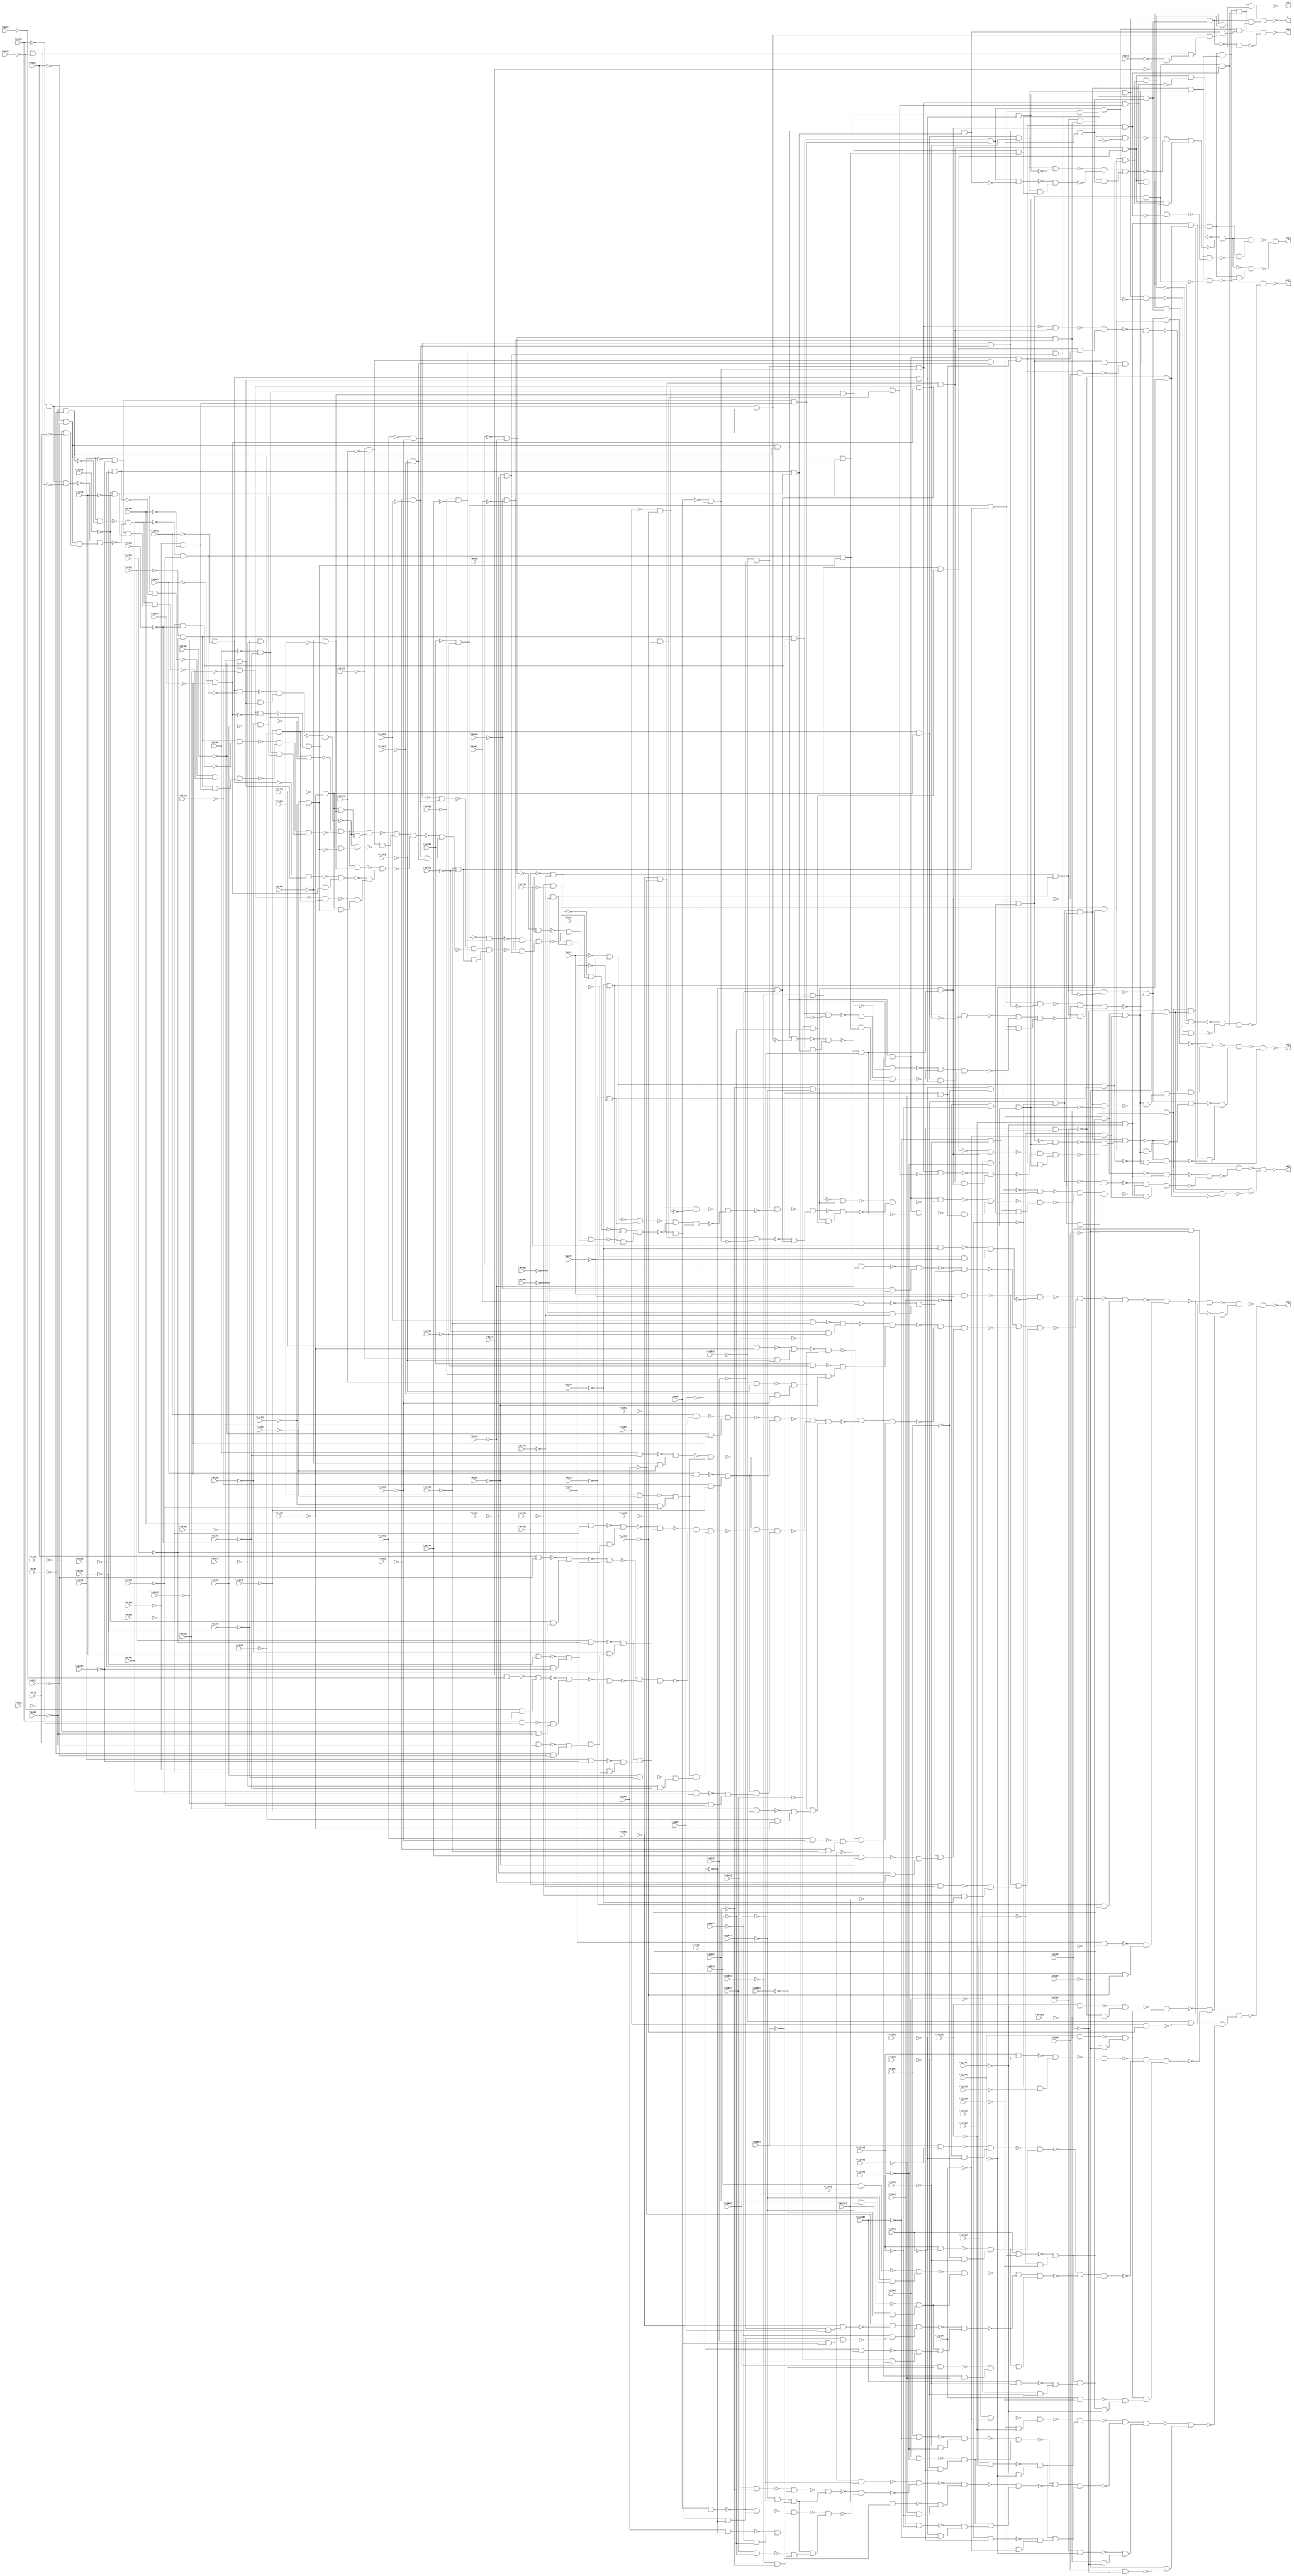
module top( \A[0]  , \A[1]  , \A[2]  , \A[3]  , \A[4]  , \A[5]  , \A[6]  , \A[7]  , \A[8]  , \A[9]  , \A[10]  , \A[11]  , \A[12]  , \A[13]  , \A[14]  , \A[15]  , \A[16]  , \A[17]  , \A[18]  , \A[19]  , \A[20]  , \A[21]  , \A[22]  , \A[23]  , \A[24]  , \A[25]  , \A[26]  , \A[27]  , \A[28]  , \A[29]  , \A[30]  , \A[31]  , \A[32]  , \A[33]  , \A[34]  , \A[35]  , \A[36]  , \A[37]  , \A[38]  , \A[39]  , \A[40]  , \A[41]  , \A[42]  , \A[43]  , \A[44]  , \A[45]  , \A[46]  , \A[47]  , \A[48]  , \A[49]  , \A[50]  , \A[51]  , \A[52]  , \A[53]  , \A[54]  , \A[55]  , \A[56]  , \A[57]  , \A[58]  , \A[59]  , \A[60]  , \A[61]  , \A[62]  , \A[63]  , \A[64]  , \A[65]  , \A[66]  , \A[67]  , \A[68]  , \A[69]  , \A[70]  , \A[71]  , \A[72]  , \A[73]  , \A[74]  , \A[75]  , \A[76]  , \A[77]  , \A[78]  , \A[79]  , \A[80]  , \A[81]  , \A[82]  , \A[83]  , \A[84]  , \A[85]  , \A[86]  , \A[87]  , \A[88]  , \A[89]  , \A[90]  , \A[91]  , \A[92]  , \A[93]  , \A[94]  , \A[95]  , \A[96]  , \A[97]  , \A[98]  , \A[99]  , \A[100]  , \A[101]  , \A[102]  , \A[103]  , \A[104]  , \A[105]  , \A[106]  , \A[107]  , \A[108]  , \A[109]  , \A[110]  , \A[111]  , \A[112]  , \A[113]  , \A[114]  , \A[115]  , \A[116]  , \A[117]  , \A[118]  , \A[119]  , \A[120]  , \A[121]  , \A[122]  , \A[123]  , \A[124]  , \A[125]  , \A[126]  , \A[127]  , \P[0]  , \P[1]  , \P[2]  , \P[3]  , \P[4]  , \P[5]  , \P[6]  , F );
  input \A[0]  ;
  input \A[1]  ;
  input \A[2]  ;
  input \A[3]  ;
  input \A[4]  ;
  input \A[5]  ;
  input \A[6]  ;
  input \A[7]  ;
  input \A[8]  ;
  input \A[9]  ;
  input \A[10]  ;
  input \A[11]  ;
  input \A[12]  ;
  input \A[13]  ;
  input \A[14]  ;
  input \A[15]  ;
  input \A[16]  ;
  input \A[17]  ;
  input \A[18]  ;
  input \A[19]  ;
  input \A[20]  ;
  input \A[21]  ;
  input \A[22]  ;
  input \A[23]  ;
  input \A[24]  ;
  input \A[25]  ;
  input \A[26]  ;
  input \A[27]  ;
  input \A[28]  ;
  input \A[29]  ;
  input \A[30]  ;
  input \A[31]  ;
  input \A[32]  ;
  input \A[33]  ;
  input \A[34]  ;
  input \A[35]  ;
  input \A[36]  ;
  input \A[37]  ;
  input \A[38]  ;
  input \A[39]  ;
  input \A[40]  ;
  input \A[41]  ;
  input \A[42]  ;
  input \A[43]  ;
  input \A[44]  ;
  input \A[45]  ;
  input \A[46]  ;
  input \A[47]  ;
  input \A[48]  ;
  input \A[49]  ;
  input \A[50]  ;
  input \A[51]  ;
  input \A[52]  ;
  input \A[53]  ;
  input \A[54]  ;
  input \A[55]  ;
  input \A[56]  ;
  input \A[57]  ;
  input \A[58]  ;
  input \A[59]  ;
  input \A[60]  ;
  input \A[61]  ;
  input \A[62]  ;
  input \A[63]  ;
  input \A[64]  ;
  input \A[65]  ;
  input \A[66]  ;
  input \A[67]  ;
  input \A[68]  ;
  input \A[69]  ;
  input \A[70]  ;
  input \A[71]  ;
  input \A[72]  ;
  input \A[73]  ;
  input \A[74]  ;
  input \A[75]  ;
  input \A[76]  ;
  input \A[77]  ;
  input \A[78]  ;
  input \A[79]  ;
  input \A[80]  ;
  input \A[81]  ;
  input \A[82]  ;
  input \A[83]  ;
  input \A[84]  ;
  input \A[85]  ;
  input \A[86]  ;
  input \A[87]  ;
  input \A[88]  ;
  input \A[89]  ;
  input \A[90]  ;
  input \A[91]  ;
  input \A[92]  ;
  input \A[93]  ;
  input \A[94]  ;
  input \A[95]  ;
  input \A[96]  ;
  input \A[97]  ;
  input \A[98]  ;
  input \A[99]  ;
  input \A[100]  ;
  input \A[101]  ;
  input \A[102]  ;
  input \A[103]  ;
  input \A[104]  ;
  input \A[105]  ;
  input \A[106]  ;
  input \A[107]  ;
  input \A[108]  ;
  input \A[109]  ;
  input \A[110]  ;
  input \A[111]  ;
  input \A[112]  ;
  input \A[113]  ;
  input \A[114]  ;
  input \A[115]  ;
  input \A[116]  ;
  input \A[117]  ;
  input \A[118]  ;
  input \A[119]  ;
  input \A[120]  ;
  input \A[121]  ;
  input \A[122]  ;
  input \A[123]  ;
  input \A[124]  ;
  input \A[125]  ;
  input \A[126]  ;
  input \A[127]  ;
  output \P[0]  ;
  output \P[1]  ;
  output \P[2]  ;
  output \P[3]  ;
  output \P[4]  ;
  output \P[5]  ;
  output \P[6]  ;
  output F ;
  wire n129 , n130 , n131 , n132 , n133 , n134 , n135 , n136 , n137 , n138 , n139 , n140 , n141 , n142 , n143 , n144 , n145 , n146 , n147 , n148 , n149 , n150 , n151 , n152 , n153 , n154 , n155 , n156 , n157 , n158 , n159 , n160 , n161 , n162 , n163 , n164 , n165 , n166 , n167 , n168 , n169 , n170 , n171 , n172 , n173 , n174 , n175 , n176 , n177 , n178 , n179 , n180 , n181 , n182 , n183 , n184 , n185 , n186 , n187 , n188 , n189 , n190 , n191 , n192 , n193 , n194 , n195 , n196 , n197 , n198 , n199 , n200 , n201 , n202 , n203 , n204 , n205 , n206 , n207 , n208 , n209 , n210 , n211 , n212 , n213 , n214 , n215 , n216 , n217 , n218 , n219 , n220 , n221 , n222 , n223 , n224 , n225 , n226 , n227 , n228 , n229 , n230 , n231 , n232 , n233 , n234 , n235 , n236 , n237 , n238 , n239 , n240 , n241 , n242 , n243 , n244 , n245 , n246 , n247 , n248 , n249 , n250 , n251 , n252 , n253 , n254 , n255 , n256 , n257 , n258 , n259 , n260 , n261 , n262 , n263 , n264 , n265 , n266 , n267 , n268 , n269 , n270 , n271 , n272 , n273 , n274 , n275 , n276 , n277 , n278 , n279 , n280 , n281 , n282 , n283 , n284 , n285 , n286 , n287 , n288 , n289 , n290 , n291 , n292 , n293 , n294 , n295 , n296 , n297 , n298 , n299 , n300 , n301 , n302 , n303 , n304 , n305 , n306 , n307 , n308 , n309 , n310 , n311 , n312 , n313 , n314 , n315 , n316 , n317 , n318 , n319 , n320 , n321 , n322 , n323 , n324 , n325 , n326 , n327 , n328 , n329 , n330 , n331 , n332 , n333 , n334 , n335 , n336 , n337 , n338 , n339 , n340 , n341 , n342 , n343 , n344 , n345 , n346 , n347 , n348 , n349 , n350 , n351 , n352 , n353 , n354 , n355 , n356 , n357 , n358 , n359 , n360 , n361 , n362 , n363 , n364 , n365 , n366 , n367 , n368 , n369 , n370 , n371 , n372 , n373 , n374 , n375 , n376 , n377 , n378 , n379 , n380 , n381 , n382 , n383 , n384 , n385 , n386 , n387 , n388 , n389 , n390 , n391 , n392 , n393 , n394 , n395 , n396 , n397 , n398 , n399 , n400 , n401 , n402 , n403 , n404 , n405 , n406 , n407 , n408 , n409 , n410 , n411 , n412 , n413 , n414 , n415 , n416 , n417 , n418 , n419 , n420 , n421 , n422 , n423 , n424 , n425 , n426 , n427 , n428 , n429 , n430 , n431 , n432 , n433 , n434 , n435 , n436 , n437 , n438 , n439 , n440 , n441 , n442 , n443 , n444 , n445 , n446 , n447 , n448 , n449 , n450 , n451 , n452 , n453 , n454 , n455 , n456 , n457 , n458 , n459 , n460 , n461 , n462 , n463 , n464 , n465 , n466 , n467 , n468 , n469 , n470 , n471 , n472 , n473 , n474 , n475 , n476 , n477 , n478 , n479 , n480 , n481 , n482 , n483 , n484 , n485 , n486 , n487 , n488 , n489 , n490 , n491 , n492 , n493 , n494 , n495 , n496 , n497 , n498 , n499 , n500 , n501 , n502 , n503 , n504 , n505 , n506 , n507 , n508 , n509 , n510 , n511 , n512 , n513 , n514 , n515 , n516 , n517 , n518 , n519 , n520 , n521 , n522 , n523 , n524 , n525 , n526 , n527 , n528 , n529 , n530 , n531 , n532 , n533 , n534 , n535 , n536 , n537 , n538 , n539 , n540 , n541 , n542 , n543 , n544 , n545 , n546 , n547 , n548 , n549 , n550 , n551 , n552 , n553 , n554 , n555 , n556 , n557 , n558 , n559 , n560 , n561 , n562 , n563 , n564 , n565 , n566 , n567 , n568 , n569 , n570 , n571 , n572 , n573 , n574 , n575 , n576 , n577 , n578 , n579 , n580 , n581 , n582 , n583 , n584 , n585 , n586 , n587 , n588 , n589 , n590 , n591 , n592 , n593 , n594 , n595 , n596 , n597 , n598 , n599 , n600 , n601 , n602 , n603 , n604 , n605 , n606 , n607 , n608 , n609 , n610 , n611 , n612 , n613 , n614 , n615 , n616 , n617 , n618 , n619 , n620 , n621 , n622 , n623 , n624 , n625 , n626 , n627 , n628 , n629 , n630 , n631 , n632 , n633 , n634 , n635 , n636 , n637 , n638 , n639 , n640 , n641 , n642 , n643 , n644 , n645 , n646 , n647 , n648 , n649 , n650 , n651 , n652 , n653 , n654 , n655 , n656 , n657 , n658 , n659 , n660 , n661 , n662 , n663 , n664 , n665 , n666 , n667 , n668 , n669 , n670 ;
  assign n129 = \A[76]  & ~\A[77]  ;
  assign n130 = \A[73]  & ~\A[74]  ;
  assign n131 = ~\A[75]  & ~\A[77]  ;
  assign n132 = ~n130 & n131 ;
  assign n133 = ~n129 & ~n132 ;
  assign n134 = \A[64]  & ~\A[65]  ;
  assign n135 = ~\A[66]  & ~\A[68]  ;
  assign n136 = ~n134 & n135 ;
  assign n137 = \A[67]  & ~\A[68]  ;
  assign n138 = ~\A[69]  & ~\A[71]  ;
  assign n139 = ~n137 & n138 ;
  assign n140 = ~n136 & n139 ;
  assign n141 = \A[55]  & ~\A[56]  ;
  assign n142 = ~\A[57]  & ~\A[59]  ;
  assign n143 = ~n141 & n142 ;
  assign n144 = \A[58]  & ~\A[59]  ;
  assign n145 = ~\A[60]  & ~\A[62]  ;
  assign n146 = ~n144 & n145 ;
  assign n147 = ~n143 & n146 ;
  assign n148 = \A[46]  & ~\A[47]  ;
  assign n149 = ~\A[48]  & ~\A[50]  ;
  assign n150 = ~n148 & n149 ;
  assign n151 = \A[49]  & ~\A[50]  ;
  assign n152 = ~\A[51]  & ~\A[53]  ;
  assign n153 = ~n151 & n152 ;
  assign n154 = ~n150 & n153 ;
  assign n155 = \A[37]  & ~\A[38]  ;
  assign n156 = ~\A[39]  & ~\A[41]  ;
  assign n157 = ~n155 & n156 ;
  assign n158 = \A[40]  & ~\A[41]  ;
  assign n159 = ~\A[42]  & ~\A[44]  ;
  assign n160 = ~n158 & n159 ;
  assign n161 = ~n157 & n160 ;
  assign n162 = \A[28]  & ~\A[29]  ;
  assign n163 = ~\A[30]  & ~\A[32]  ;
  assign n164 = ~n162 & n163 ;
  assign n165 = \A[31]  & ~\A[32]  ;
  assign n166 = ~\A[33]  & ~\A[35]  ;
  assign n167 = ~n165 & n166 ;
  assign n168 = ~n164 & n167 ;
  assign n169 = \A[19]  & ~\A[20]  ;
  assign n170 = ~\A[21]  & ~\A[23]  ;
  assign n171 = ~n169 & n170 ;
  assign n172 = \A[22]  & ~\A[23]  ;
  assign n173 = ~\A[24]  & ~\A[26]  ;
  assign n174 = ~n172 & n173 ;
  assign n175 = ~n171 & n174 ;
  assign n176 = \A[10]  & ~\A[11]  ;
  assign n177 = ~\A[12]  & ~\A[14]  ;
  assign n178 = ~n176 & n177 ;
  assign n179 = \A[13]  & ~\A[14]  ;
  assign n180 = ~\A[15]  & ~\A[17]  ;
  assign n181 = ~n179 & n180 ;
  assign n182 = ~n178 & n181 ;
  assign n183 = \A[1]  & ~\A[2]  ;
  assign n184 = ~\A[3]  & ~\A[5]  ;
  assign n185 = ~n183 & n184 ;
  assign n186 = \A[4]  & ~\A[5]  ;
  assign n187 = ~\A[6]  & ~\A[8]  ;
  assign n188 = ~n186 & n187 ;
  assign n189 = ~n185 & n188 ;
  assign n190 = \A[7]  & ~\A[8]  ;
  assign n191 = ~\A[9]  & ~\A[11]  ;
  assign n192 = ~n190 & n191 ;
  assign n193 = n181 & n192 ;
  assign n194 = ~n189 & n193 ;
  assign n195 = ~n182 & ~n194 ;
  assign n196 = \A[16]  & ~\A[17]  ;
  assign n197 = ~\A[18]  & ~\A[20]  ;
  assign n198 = ~n196 & n197 ;
  assign n199 = n174 & n198 ;
  assign n200 = n195 & n199 ;
  assign n201 = ~n175 & ~n200 ;
  assign n202 = \A[25]  & ~\A[26]  ;
  assign n203 = ~\A[27]  & ~\A[29]  ;
  assign n204 = ~n202 & n203 ;
  assign n205 = n167 & n204 ;
  assign n206 = n201 & n205 ;
  assign n207 = ~n168 & ~n206 ;
  assign n208 = \A[34]  & ~\A[35]  ;
  assign n209 = ~\A[36]  & ~\A[38]  ;
  assign n210 = ~n208 & n209 ;
  assign n211 = n160 & n210 ;
  assign n212 = n207 & n211 ;
  assign n213 = ~n161 & ~n212 ;
  assign n214 = \A[43]  & ~\A[44]  ;
  assign n215 = ~\A[45]  & ~\A[47]  ;
  assign n216 = ~n214 & n215 ;
  assign n217 = n153 & n216 ;
  assign n218 = n213 & n217 ;
  assign n219 = ~n154 & ~n218 ;
  assign n220 = \A[52]  & ~\A[53]  ;
  assign n221 = ~\A[54]  & ~\A[56]  ;
  assign n222 = ~n220 & n221 ;
  assign n223 = n146 & n222 ;
  assign n224 = n219 & n223 ;
  assign n225 = ~n147 & ~n224 ;
  assign n226 = \A[61]  & ~\A[62]  ;
  assign n227 = ~\A[63]  & ~\A[65]  ;
  assign n228 = ~n226 & n227 ;
  assign n229 = n139 & n228 ;
  assign n230 = n225 & n229 ;
  assign n231 = ~n140 & ~n230 ;
  assign n232 = \A[70]  & ~\A[71]  ;
  assign n233 = ~\A[72]  & ~\A[74]  ;
  assign n234 = ~n232 & n233 ;
  assign n235 = ~n129 & n234 ;
  assign n236 = n231 & n235 ;
  assign n237 = ~n133 & ~n236 ;
  assign n238 = ~\A[78]  & ~\A[80]  ;
  assign n239 = ~n237 & n238 ;
  assign n240 = \A[79]  & ~\A[80]  ;
  assign n241 = ~\A[81]  & ~\A[83]  ;
  assign n242 = ~n240 & n241 ;
  assign n243 = ~n239 & n242 ;
  assign n244 = \A[82]  & ~\A[83]  ;
  assign n245 = ~\A[84]  & ~n244 ;
  assign n246 = ~n243 & n245 ;
  assign n247 = \A[126]  & ~\A[127]  ;
  assign n248 = \A[120]  & ~\A[121]  ;
  assign n249 = ~\A[122]  & ~\A[124]  ;
  assign n250 = ~n248 & n249 ;
  assign n251 = \A[123]  & ~\A[124]  ;
  assign n252 = ~\A[125]  & ~\A[127]  ;
  assign n253 = ~n251 & n252 ;
  assign n254 = ~n250 & n253 ;
  assign n255 = \A[111]  & ~\A[112]  ;
  assign n256 = ~\A[113]  & ~\A[115]  ;
  assign n257 = ~n255 & n256 ;
  assign n258 = \A[114]  & ~\A[115]  ;
  assign n259 = ~\A[116]  & ~\A[118]  ;
  assign n260 = ~n258 & n259 ;
  assign n261 = ~n257 & n260 ;
  assign n262 = \A[102]  & ~\A[103]  ;
  assign n263 = ~\A[104]  & ~\A[106]  ;
  assign n264 = ~n262 & n263 ;
  assign n265 = \A[105]  & ~\A[106]  ;
  assign n266 = ~\A[107]  & ~\A[109]  ;
  assign n267 = ~n265 & n266 ;
  assign n268 = ~n264 & n267 ;
  assign n269 = \A[93]  & ~\A[94]  ;
  assign n270 = ~\A[95]  & ~\A[97]  ;
  assign n271 = ~n269 & n270 ;
  assign n272 = \A[96]  & ~\A[97]  ;
  assign n273 = ~\A[98]  & ~\A[100]  ;
  assign n274 = ~n272 & n273 ;
  assign n275 = ~n271 & n274 ;
  assign n276 = ~\A[85]  & \A[87]  ;
  assign n277 = ~\A[88]  & n276 ;
  assign n278 = ~\A[89]  & ~n277 ;
  assign n279 = \A[86]  & ~\A[87]  ;
  assign n280 = \A[85]  & ~\A[88]  ;
  assign n281 = ~n279 & n280 ;
  assign n282 = ~\A[91]  & ~n281 ;
  assign n283 = n278 & n282 ;
  assign n284 = \A[90]  & ~\A[91]  ;
  assign n285 = ~\A[92]  & ~\A[94]  ;
  assign n286 = ~n284 & n285 ;
  assign n287 = n274 & n286 ;
  assign n288 = ~n283 & n287 ;
  assign n289 = ~n275 & ~n288 ;
  assign n290 = \A[99]  & ~\A[100]  ;
  assign n291 = ~\A[101]  & ~\A[103]  ;
  assign n292 = ~n290 & n291 ;
  assign n293 = n267 & n292 ;
  assign n294 = n289 & n293 ;
  assign n295 = ~n268 & ~n294 ;
  assign n296 = \A[108]  & ~\A[109]  ;
  assign n297 = ~\A[110]  & ~\A[112]  ;
  assign n298 = ~n296 & n297 ;
  assign n299 = n260 & n298 ;
  assign n300 = n295 & n299 ;
  assign n301 = ~n261 & ~n300 ;
  assign n302 = \A[117]  & ~\A[118]  ;
  assign n303 = ~\A[119]  & ~\A[121]  ;
  assign n304 = ~n302 & n303 ;
  assign n305 = n253 & n304 ;
  assign n306 = n301 & n305 ;
  assign n307 = ~n254 & ~n306 ;
  assign n308 = ~n247 & n307 ;
  assign n309 = ~n246 & n308 ;
  assign n310 = \A[116]  & ~\A[117]  ;
  assign n311 = ~\A[118]  & ~\A[120]  ;
  assign n312 = ~n310 & n311 ;
  assign n313 = \A[119]  & ~\A[120]  ;
  assign n314 = ~\A[121]  & ~\A[123]  ;
  assign n315 = ~n313 & n314 ;
  assign n316 = ~n312 & n315 ;
  assign n317 = \A[107]  & ~\A[108]  ;
  assign n318 = ~\A[109]  & ~\A[111]  ;
  assign n319 = ~n317 & n318 ;
  assign n320 = \A[110]  & ~\A[111]  ;
  assign n321 = ~\A[112]  & ~\A[114]  ;
  assign n322 = ~n320 & n321 ;
  assign n323 = ~n319 & n322 ;
  assign n324 = \A[98]  & ~\A[99]  ;
  assign n325 = \A[95]  & ~\A[96]  ;
  assign n326 = ~\A[97]  & ~\A[99]  ;
  assign n327 = ~n325 & n326 ;
  assign n328 = ~\A[100]  & ~\A[102]  ;
  assign n329 = ~n327 & n328 ;
  assign n330 = ~\A[88]  & ~\A[90]  ;
  assign n331 = ~n279 & n330 ;
  assign n332 = \A[89]  & ~\A[90]  ;
  assign n333 = ~\A[91]  & ~\A[93]  ;
  assign n334 = ~n332 & n333 ;
  assign n335 = ~n331 & n334 ;
  assign n336 = \A[92]  & ~\A[93]  ;
  assign n337 = ~\A[94]  & ~\A[96]  ;
  assign n338 = ~n336 & n337 ;
  assign n339 = n328 & n338 ;
  assign n340 = ~n335 & n339 ;
  assign n341 = ~n329 & ~n340 ;
  assign n342 = ~n324 & ~n341 ;
  assign n343 = \A[101]  & ~\A[102]  ;
  assign n344 = ~\A[103]  & ~\A[105]  ;
  assign n345 = ~n343 & n344 ;
  assign n346 = ~n342 & n345 ;
  assign n347 = \A[104]  & ~\A[105]  ;
  assign n348 = ~\A[106]  & ~\A[108]  ;
  assign n349 = ~n347 & n348 ;
  assign n350 = n322 & n349 ;
  assign n351 = ~n346 & n350 ;
  assign n352 = ~n323 & ~n351 ;
  assign n353 = \A[113]  & ~\A[114]  ;
  assign n354 = ~\A[115]  & ~\A[117]  ;
  assign n355 = ~n353 & n354 ;
  assign n356 = n315 & n355 ;
  assign n357 = n352 & n356 ;
  assign n358 = ~n316 & ~n357 ;
  assign n359 = \A[122]  & ~\A[123]  ;
  assign n360 = ~\A[124]  & ~\A[126]  ;
  assign n361 = ~n359 & n360 ;
  assign n362 = n358 & n361 ;
  assign n363 = \A[125]  & ~\A[126]  ;
  assign n364 = ~\A[127]  & ~n363 ;
  assign n365 = ~n362 & n364 ;
  assign n366 = n245 & ~n365 ;
  assign n367 = ~n243 & n366 ;
  assign n368 = ~n309 & ~n367 ;
  assign n369 = ~\A[124]  & ~\A[125]  ;
  assign n370 = ~\A[118]  & ~\A[119]  ;
  assign n371 = ~\A[120]  & ~\A[121]  ;
  assign n372 = ~n370 & n371 ;
  assign n373 = ~\A[112]  & ~\A[113]  ;
  assign n374 = ~\A[114]  & ~\A[115]  ;
  assign n375 = ~n373 & n374 ;
  assign n376 = ~\A[106]  & ~\A[107]  ;
  assign n377 = ~\A[108]  & ~\A[109]  ;
  assign n378 = ~n376 & n377 ;
  assign n379 = ~\A[100]  & ~\A[101]  ;
  assign n380 = ~\A[94]  & ~\A[95]  ;
  assign n381 = ~\A[96]  & ~\A[97]  ;
  assign n382 = ~n380 & n381 ;
  assign n383 = ~\A[84]  & ~\A[85]  ;
  assign n384 = ~\A[88]  & ~\A[89]  ;
  assign n385 = ~\A[82]  & ~\A[83]  ;
  assign n386 = n384 & ~n385 ;
  assign n387 = ~\A[76]  & ~\A[77]  ;
  assign n388 = ~\A[78]  & ~\A[79]  ;
  assign n389 = ~n387 & n388 ;
  assign n390 = ~\A[70]  & ~\A[71]  ;
  assign n391 = ~\A[72]  & ~\A[73]  ;
  assign n392 = ~n390 & n391 ;
  assign n393 = ~\A[64]  & ~\A[65]  ;
  assign n394 = ~\A[66]  & ~\A[67]  ;
  assign n395 = ~n393 & n394 ;
  assign n396 = ~\A[58]  & ~\A[59]  ;
  assign n397 = ~\A[60]  & ~\A[61]  ;
  assign n398 = ~n396 & n397 ;
  assign n399 = ~\A[52]  & ~\A[53]  ;
  assign n400 = ~\A[54]  & ~\A[55]  ;
  assign n401 = ~n399 & n400 ;
  assign n402 = ~\A[28]  & ~\A[29]  ;
  assign n403 = ~\A[26]  & ~\A[27]  ;
  assign n404 = n402 & ~n403 ;
  assign n405 = ~\A[22]  & ~\A[23]  ;
  assign n406 = ~\A[20]  & ~\A[21]  ;
  assign n407 = n405 & ~n406 ;
  assign n408 = ~\A[16]  & ~\A[17]  ;
  assign n409 = ~\A[14]  & ~\A[15]  ;
  assign n410 = n408 & ~n409 ;
  assign n411 = ~\A[10]  & ~\A[11]  ;
  assign n412 = ~\A[8]  & ~\A[9]  ;
  assign n413 = n411 & ~n412 ;
  assign n414 = ~\A[4]  & ~\A[5]  ;
  assign n415 = ~\A[2]  & ~\A[3]  ;
  assign n416 = n414 & ~n415 ;
  assign n417 = ~\A[6]  & ~\A[7]  ;
  assign n418 = n411 & n417 ;
  assign n419 = ~n416 & n418 ;
  assign n420 = ~n413 & ~n419 ;
  assign n421 = ~\A[12]  & ~\A[13]  ;
  assign n422 = n408 & n421 ;
  assign n423 = n420 & n422 ;
  assign n424 = ~n410 & ~n423 ;
  assign n425 = ~\A[18]  & ~\A[19]  ;
  assign n426 = n405 & n425 ;
  assign n427 = n424 & n426 ;
  assign n428 = ~n407 & ~n427 ;
  assign n429 = ~\A[24]  & ~\A[25]  ;
  assign n430 = n402 & n429 ;
  assign n431 = n428 & n430 ;
  assign n432 = ~n404 & ~n431 ;
  assign n433 = ~\A[36]  & ~\A[37]  ;
  assign n434 = ~\A[34]  & ~\A[35]  ;
  assign n435 = n433 & ~n434 ;
  assign n436 = ~\A[42]  & ~\A[43]  ;
  assign n437 = ~\A[38]  & ~\A[39]  ;
  assign n438 = n436 & n437 ;
  assign n439 = ~n435 & n438 ;
  assign n440 = ~\A[44]  & ~\A[45]  ;
  assign n441 = ~\A[40]  & ~\A[41]  ;
  assign n442 = n436 & ~n441 ;
  assign n443 = n440 & ~n442 ;
  assign n444 = ~n439 & n443 ;
  assign n445 = ~\A[46]  & ~\A[47]  ;
  assign n446 = ~\A[30]  & ~\A[31]  ;
  assign n447 = n445 & n446 ;
  assign n448 = ~n444 & n447 ;
  assign n449 = n432 & n448 ;
  assign n450 = ~\A[48]  & ~\A[49]  ;
  assign n451 = ~\A[32]  & ~\A[33]  ;
  assign n452 = n445 & ~n451 ;
  assign n453 = ~n444 & n452 ;
  assign n454 = n450 & ~n453 ;
  assign n455 = ~n449 & n454 ;
  assign n456 = n432 & n446 ;
  assign n457 = ~n433 & n437 ;
  assign n458 = n440 & n441 ;
  assign n459 = ~n457 & n458 ;
  assign n460 = ~n436 & n440 ;
  assign n461 = n445 & n451 ;
  assign n462 = ~n460 & n461 ;
  assign n463 = ~n459 & n462 ;
  assign n464 = ~n456 & n463 ;
  assign n465 = n455 & ~n464 ;
  assign n466 = ~\A[50]  & ~\A[51]  ;
  assign n467 = n400 & n466 ;
  assign n468 = ~n465 & n467 ;
  assign n469 = ~n401 & ~n468 ;
  assign n470 = ~\A[56]  & ~\A[57]  ;
  assign n471 = n397 & n470 ;
  assign n472 = n469 & n471 ;
  assign n473 = ~n398 & ~n472 ;
  assign n474 = ~\A[62]  & ~\A[63]  ;
  assign n475 = n394 & n474 ;
  assign n476 = n473 & n475 ;
  assign n477 = ~n395 & ~n476 ;
  assign n478 = ~\A[68]  & ~\A[69]  ;
  assign n479 = n391 & n478 ;
  assign n480 = n477 & n479 ;
  assign n481 = ~n392 & ~n480 ;
  assign n482 = ~\A[74]  & ~\A[75]  ;
  assign n483 = n388 & n482 ;
  assign n484 = n481 & n483 ;
  assign n485 = ~n389 & ~n484 ;
  assign n486 = ~\A[80]  & ~\A[81]  ;
  assign n487 = n384 & n486 ;
  assign n488 = n485 & n487 ;
  assign n489 = ~n386 & ~n488 ;
  assign n490 = n383 & ~n489 ;
  assign n491 = ~\A[86]  & ~\A[87]  ;
  assign n492 = n384 & ~n491 ;
  assign n493 = ~\A[90]  & ~\A[91]  ;
  assign n494 = ~n492 & n493 ;
  assign n495 = ~n490 & n494 ;
  assign n496 = ~\A[92]  & ~\A[93]  ;
  assign n497 = n381 & n496 ;
  assign n498 = ~n495 & n497 ;
  assign n499 = ~n382 & ~n498 ;
  assign n500 = n379 & ~n499 ;
  assign n501 = ~\A[98]  & ~\A[99]  ;
  assign n502 = n379 & ~n501 ;
  assign n503 = ~\A[102]  & ~\A[103]  ;
  assign n504 = ~n502 & n503 ;
  assign n505 = ~n500 & n504 ;
  assign n506 = ~\A[104]  & ~\A[105]  ;
  assign n507 = n377 & n506 ;
  assign n508 = ~n505 & n507 ;
  assign n509 = ~n378 & ~n508 ;
  assign n510 = ~\A[110]  & ~\A[111]  ;
  assign n511 = n374 & n510 ;
  assign n512 = n509 & n511 ;
  assign n513 = ~n375 & ~n512 ;
  assign n514 = ~\A[116]  & ~\A[117]  ;
  assign n515 = n371 & n514 ;
  assign n516 = n513 & n515 ;
  assign n517 = ~n372 & ~n516 ;
  assign n518 = n369 & ~n517 ;
  assign n519 = ~\A[126]  & ~\A[127]  ;
  assign n520 = ~\A[122]  & ~\A[123]  ;
  assign n521 = n369 & ~n520 ;
  assign n522 = n519 & ~n521 ;
  assign n523 = ~n518 & n522 ;
  assign n524 = n390 & n478 ;
  assign n525 = n393 & n394 ;
  assign n526 = n524 & ~n525 ;
  assign n527 = n396 & n470 ;
  assign n528 = n399 & n400 ;
  assign n529 = n527 & ~n528 ;
  assign n530 = n440 & n445 ;
  assign n531 = n436 & n441 ;
  assign n532 = n530 & ~n531 ;
  assign n533 = n434 & n451 ;
  assign n534 = n402 & n446 ;
  assign n535 = n533 & ~n534 ;
  assign n536 = n405 & n406 ;
  assign n537 = n408 & n425 ;
  assign n538 = n536 & ~n537 ;
  assign n539 = n411 & n412 ;
  assign n540 = n414 & n417 ;
  assign n541 = n539 & ~n540 ;
  assign n542 = n409 & n421 ;
  assign n543 = n536 & n542 ;
  assign n544 = ~n541 & n543 ;
  assign n545 = ~n538 & ~n544 ;
  assign n546 = n403 & n429 ;
  assign n547 = n533 & n546 ;
  assign n548 = n545 & n547 ;
  assign n549 = ~n535 & ~n548 ;
  assign n550 = n433 & n437 ;
  assign n551 = n530 & n550 ;
  assign n552 = n549 & n551 ;
  assign n553 = ~n532 & ~n552 ;
  assign n554 = n450 & n466 ;
  assign n555 = n527 & n554 ;
  assign n556 = n553 & n555 ;
  assign n557 = ~n529 & ~n556 ;
  assign n558 = n397 & n474 ;
  assign n559 = n524 & n558 ;
  assign n560 = n557 & n559 ;
  assign n561 = ~n526 & ~n560 ;
  assign n562 = n391 & n482 ;
  assign n563 = n561 & n562 ;
  assign n564 = n383 & n491 ;
  assign n565 = n384 & n493 ;
  assign n566 = ~n564 & n565 ;
  assign n567 = n380 & n496 ;
  assign n568 = n379 & n503 ;
  assign n569 = n567 & n568 ;
  assign n570 = ~n566 & n569 ;
  assign n571 = n376 & n506 ;
  assign n572 = n373 & n374 ;
  assign n573 = n571 & n572 ;
  assign n574 = n381 & n501 ;
  assign n575 = n568 & ~n574 ;
  assign n576 = n573 & ~n575 ;
  assign n577 = ~n570 & n576 ;
  assign n578 = n387 & n388 ;
  assign n579 = n370 & n514 ;
  assign n580 = n377 & n510 ;
  assign n581 = n572 & ~n580 ;
  assign n582 = n579 & ~n581 ;
  assign n583 = n578 & n582 ;
  assign n584 = ~n577 & n583 ;
  assign n585 = ~n563 & n584 ;
  assign n586 = ~n571 & n580 ;
  assign n587 = ~n567 & n574 ;
  assign n588 = n385 & n486 ;
  assign n589 = n564 & ~n588 ;
  assign n590 = n565 & n574 ;
  assign n591 = ~n589 & n590 ;
  assign n592 = ~n587 & ~n591 ;
  assign n593 = n568 & n580 ;
  assign n594 = n592 & n593 ;
  assign n595 = ~n586 & ~n594 ;
  assign n596 = n572 & n595 ;
  assign n597 = n562 & n579 ;
  assign n598 = ~n596 & n597 ;
  assign n599 = n561 & n598 ;
  assign n600 = n371 & n520 ;
  assign n601 = ~n578 & n579 ;
  assign n602 = ~n596 & n601 ;
  assign n603 = n600 & ~n602 ;
  assign n604 = ~n599 & n603 ;
  assign n605 = ~n585 & n604 ;
  assign n606 = n369 & n519 ;
  assign n607 = ~n605 & n606 ;
  assign n608 = n565 & n567 ;
  assign n609 = n564 & n588 ;
  assign n610 = n608 & ~n609 ;
  assign n611 = n524 & n525 ;
  assign n612 = n527 & n558 ;
  assign n613 = n611 & ~n612 ;
  assign n614 = n530 & n531 ;
  assign n615 = n533 & n550 ;
  assign n616 = n614 & ~n615 ;
  assign n617 = n536 & n537 ;
  assign n618 = n539 & n542 ;
  assign n619 = n617 & ~n618 ;
  assign n620 = n534 & n546 ;
  assign n621 = n614 & n620 ;
  assign n622 = ~n619 & n621 ;
  assign n623 = ~n616 & ~n622 ;
  assign n624 = n528 & n554 ;
  assign n625 = n611 & n624 ;
  assign n626 = n623 & n625 ;
  assign n627 = ~n613 & ~n626 ;
  assign n628 = n562 & n578 ;
  assign n629 = n608 & n628 ;
  assign n630 = n627 & n629 ;
  assign n631 = ~n610 & ~n630 ;
  assign n632 = n600 & n606 ;
  assign n633 = n572 & n579 ;
  assign n634 = n571 & n580 ;
  assign n635 = n568 & n574 ;
  assign n636 = n634 & ~n635 ;
  assign n637 = n633 & ~n636 ;
  assign n638 = n632 & ~n637 ;
  assign n639 = n631 & n638 ;
  assign n640 = n633 & ~n634 ;
  assign n641 = n632 & ~n640 ;
  assign n642 = ~n631 & n641 ;
  assign n643 = ~n639 & ~n642 ;
  assign n644 = n632 & n633 ;
  assign n645 = n608 & n609 ;
  assign n646 = n611 & n628 ;
  assign n647 = n645 & ~n646 ;
  assign n648 = n614 & n615 ;
  assign n649 = n617 & n620 ;
  assign n650 = n648 & ~n649 ;
  assign n651 = n612 & n624 ;
  assign n652 = n645 & n651 ;
  assign n653 = ~n650 & n652 ;
  assign n654 = ~n647 & ~n653 ;
  assign n655 = n634 & n635 ;
  assign n656 = n654 & n655 ;
  assign n657 = n644 & ~n656 ;
  assign n658 = n644 & n655 ;
  assign n659 = n648 & n651 ;
  assign n660 = n645 & n646 ;
  assign n661 = ~n659 & n660 ;
  assign n662 = n658 & ~n661 ;
  assign n663 = n658 & n660 ;
  assign n664 = ~\A[0]  & ~\A[1]  ;
  assign n665 = n415 & n664 ;
  assign n666 = n540 & n665 ;
  assign n667 = n618 & n666 ;
  assign n668 = n649 & n667 ;
  assign n669 = n659 & n668 ;
  assign n670 = n663 & n669 ;
  assign \P[0]  = ~n368 ;
  assign \P[1]  = ~n523 ;
  assign \P[2]  = ~n607 ;
  assign \P[3]  = n643 ;
  assign \P[4]  = ~n657 ;
  assign \P[5]  = ~n662 ;
  assign \P[6]  = ~n663 ;
  assign F = ~n670 ;
endmodule